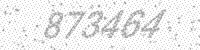
Solution: 873464